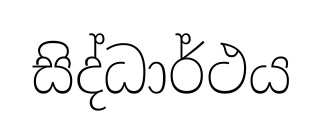
සිද්ධාර්ථය